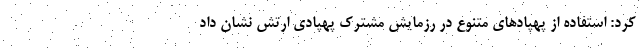
کرد: استفاده از پهپادهای متنوع در رزمایش مشترک پهپادی ارتش نشان داد